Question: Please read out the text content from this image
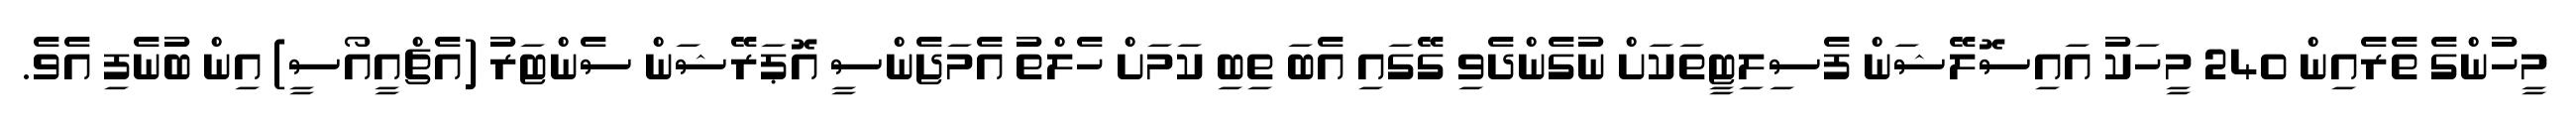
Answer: މީހުންގެ ތެރެއިން 240 މީހަކު އައިސޮލޭޝަން ފެސިލިޓީތަކަށް ނުގެންދެވި ގޭގައި އެބަ ތިބި ކަމަށް ހެލްތު އެމަޖެންސީ އޮޕަރޭޝަން ސެންޓަރު (އެޗްއީއޯސީ) އިން ބުނެފި އެވެ.